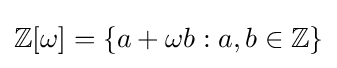
\mathbb {Z} [\omega ]=\{a+\omega b:a,b\in \mathbb {Z} \}